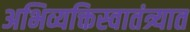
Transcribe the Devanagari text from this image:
अभिव्यक्तिस्वातंत्र्यात